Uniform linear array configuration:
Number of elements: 64
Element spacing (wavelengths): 0.25
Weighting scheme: uniform
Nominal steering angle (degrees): -60
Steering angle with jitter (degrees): -59.891
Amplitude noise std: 0.05
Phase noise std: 0.05

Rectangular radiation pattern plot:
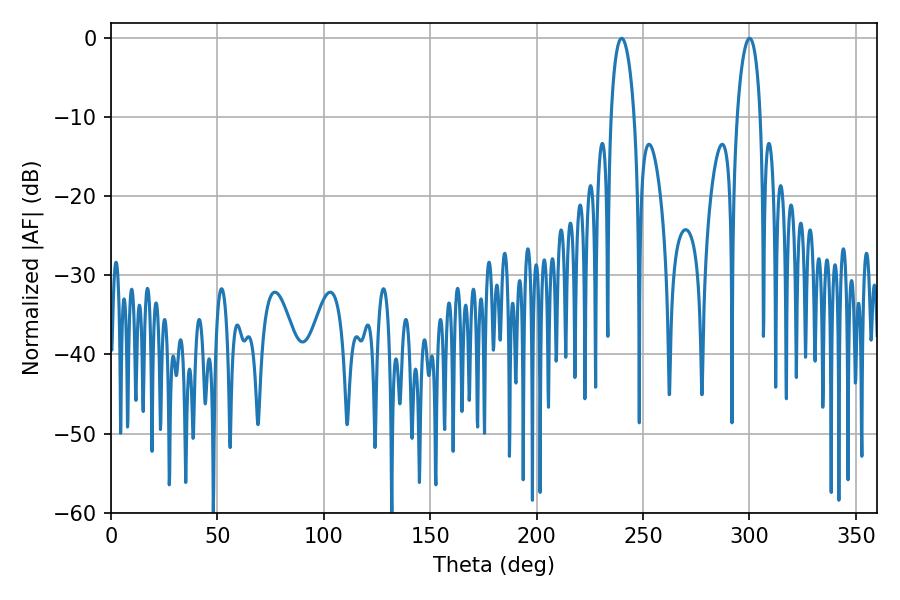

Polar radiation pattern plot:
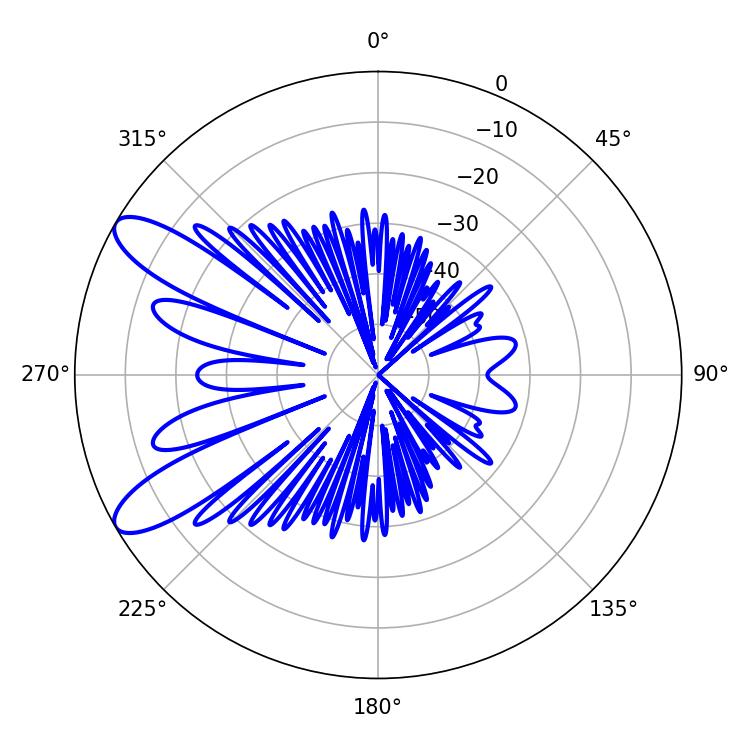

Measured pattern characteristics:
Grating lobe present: FALSE
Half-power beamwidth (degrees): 6.12
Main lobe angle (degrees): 239.94